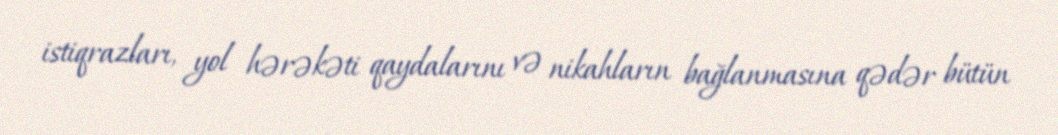
istiqrazları, yol hərəkəti qaydalarını və nikahların bağlanmasına qədər bütün